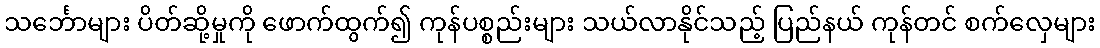
သင်္ဘောများ ပိတ်ဆို့မှုကို ဖောက်ထွက်၍ ကုန်ပစ္စည်းများ သယ်လာနိုင်သည့် ပြည်နယ် ကုန်တင် စက်လှေများ